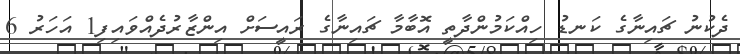
ދެކުނު ޗައިނާގެ ކަނޑު ހިއްކަމުންދާތީ އޮބާމާ ޗައިނާގެ ރައީސަށް އިންޒާރުދެއްވައިފި1 އަހަރު 6